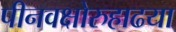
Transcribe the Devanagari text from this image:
पीनवक्षोरुहाढया